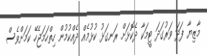
މާޒިޔާ ފަދަ ވަރުގަދަ ޓީމަކާ ދެކޮޅަށް ރަނގަޅު ކުޅުމެއް ދެއްކުމުން ހިތްހަމަޖެހޭ ކަމަށްވެސް